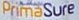
PrimaSure